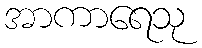
အာကာရေသု